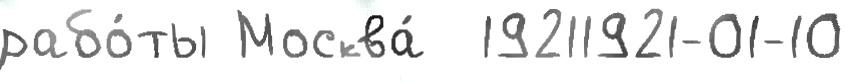
рабо́ты Москва́  19211921-01-10